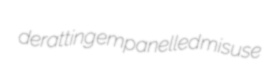
deratting empanelled misuse